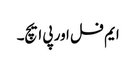
ایم فل اور پی ایچ۔